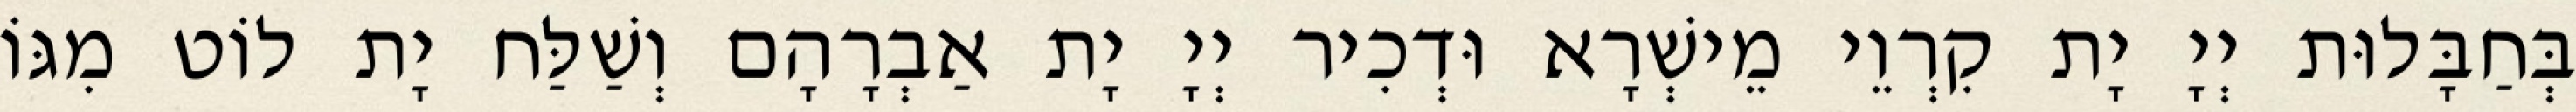
בְּחַבָּלוּת יְיָ יָת קִרְוֵי מֵישְׁרָא וּדְכִיר יְיָ יָת אַבְרָהָם וְשַׁלַּח יָת לוֹט מִגּוֹ